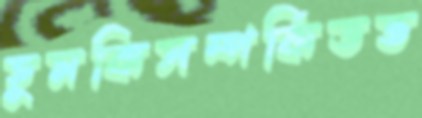
হুমকিসম্পর্কিতভ